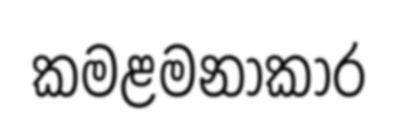
කමළමනාකාර